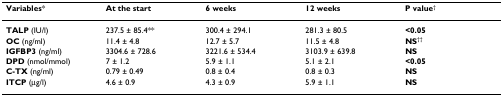
<table><thead><tr><td><b>Variables*</b></td><td><b>At the start</b></td><td><b>6 weeks</b></td><td><b>12 weeks</b></td><td><b>P value<sup>†</sup></b></td></tr></thead><tbody><tr><td><b>TALP </b>(IU/l)</td><td>237.5 ± 85.4**</td><td>300.4 ± 294.1</td><td>281.3 ± 80.5</td><td><b>&lt;0.05</b></td></tr><tr><td><b>OC </b>(ng/ml)</td><td>11.4 ± 4.8</td><td>12.7 ± 5.7</td><td>11.5 ± 4.8</td><td><b>NS</b><sup>††</sup></td></tr><tr><td><b>IGFBP3 </b>(ng/ml)</td><td>3304.6 ± 728.6</td><td>3221.6 ± 534.4</td><td>3103.9 ± 639.8</td><td><b>NS</b></td></tr><tr><td><b>DPD </b>(nmol/mmol)</td><td>7 ± 1.2</td><td>5.9 ± 1.1</td><td>5.1 ± 2.1</td><td><b>&lt;0.05</b></td></tr><tr><td><b>C-TX </b>(ng/ml)</td><td>0.79 ± 0.49</td><td>0.8 ± 0.4</td><td>0.8 ± 0.3</td><td><b>NS</b></td></tr><tr><td><b>ITCP </b>(μg/l)</td><td>4.6 ± 0.9</td><td>4.3 ± 0.9</td><td>5.9 ± 1.1</td><td><b>NS</b></td></tr></tbody></table>